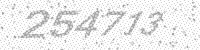
Solution: 254713